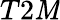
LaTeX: T2\mathit{M}